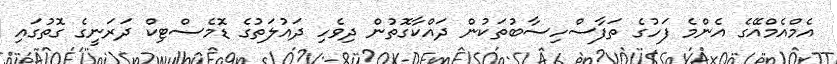
އެމްއެމްއޭގެ އެންމެ ފަހުގެ ތަފާސްހިސާބުތަކުން ދައްކާގޮތުން ދިވެހި ދައުލަތުގެ ޑޮމެސްޓިކް ދަރަނީގެ ގޮތުގައި